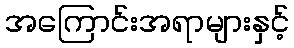
အကြောင်းအရာများနှင့်